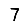
Digit: 7